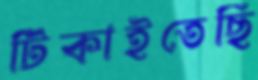
টিকাইতেছি